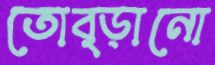
তোব্‌ড়ানো